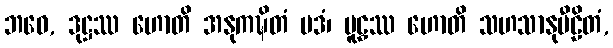
ဘဝေ, ဒုဋ္ဌဿ ဟောတိ အနုကဍ္ဎိတံ ပဒံ၊ မူဠှဿ ဟောတိ သဟသာနုပီဠိတံ,